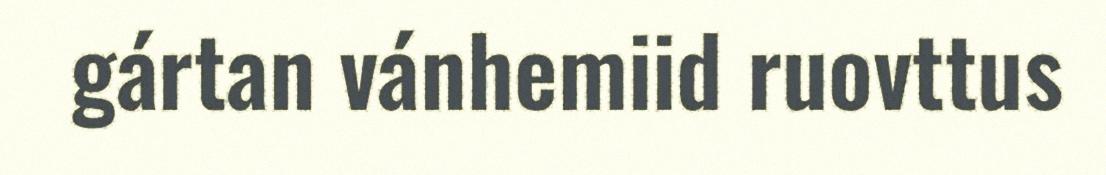
gártan vánhemiid ruovttus